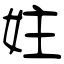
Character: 妵